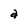
Character: a